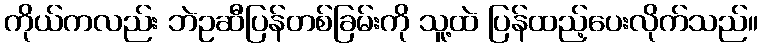
ကိုယ်ကလည်း ဘဲဥဆီပြန်တစ်ခြမ်းကို သူ့ထဲ ပြန်ထည့်ပေးလိုက်သည်။